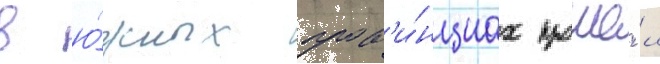
в ю́жных пров'и́нциах прошё́л